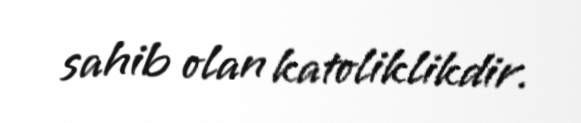
sahib olan katoliklikdir.